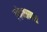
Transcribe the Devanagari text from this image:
लोनापार